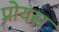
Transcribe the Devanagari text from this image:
प्रोयस